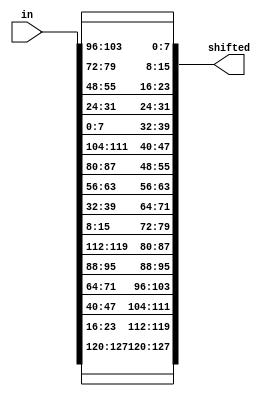
`timescale 1ns / 1ps
module invShiftRows(in, shifted);
    input [0:127] in;
    output [0:127] shifted;
    // row 1 no change
	assign shifted[0+:8] = in[0+:8];
	assign shifted[32+:8] = in[32+:8];
	assign shifted[64+:8] = in[64+:8];
    assign shifted[96+:8] = in[96+:8];
	
	// row 2 shifted left 3 bytes
    assign shifted[8+:8] = in[104+:8];
    assign shifted[40+:8] = in[8+:8];
    assign shifted[72+:8] = in[40+:8];
    assign shifted[104+:8] = in[72+:8];
	
	// row 3 shifted left 2 bytes
    assign shifted[16+:8] = in[80+:8];
    assign shifted[48+:8] = in[112+:8];
    assign shifted[80+:8] = in[16+:8];
    assign shifted[112+:8] = in[48+:8];
	
	// row 4 shifted left 1 bytes
    assign shifted[24+:8] = in[56+:8];
    assign shifted[56+:8] = in[88+:8];
    assign shifted[88+:8] = in[120+:8];
    assign shifted[120+:8] = in[24+:8];

endmodule